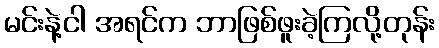
မင်းနဲ့ငါ အရင်က ဘာဖြစ်ဖူးခဲ့ကြလို့တုန်း